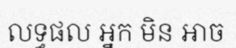
លទ្ធផល អ្នក មិន អាច